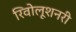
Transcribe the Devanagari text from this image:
रिवोलूशनरी